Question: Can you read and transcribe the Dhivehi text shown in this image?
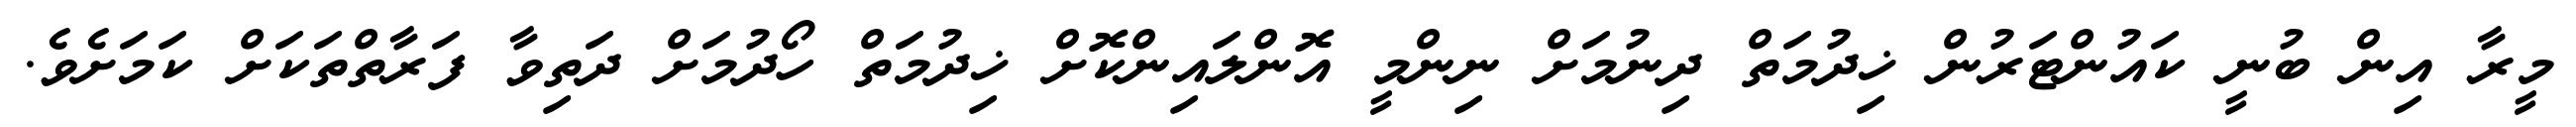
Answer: މީރާ އިން ބުނީ ކައުންޓަރުން ޚިދުމަތް ދިނުމަށް ނިންމީ އޮންލައިންކޮށް ޚިދުމަތް ހޯދުމަށް ދަތިވާ ފަރާތްތަކަށް ކަމަށެވެ.